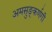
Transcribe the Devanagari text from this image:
अमसुङ्कर्णगी